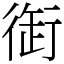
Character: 衘